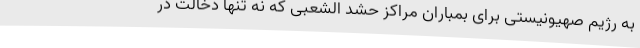
به رژیم صهیونیستی برای بمباران مراکز حشد الشعبی که نه تنها دخالت در